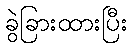
ခွဲခြားထားပြီး